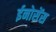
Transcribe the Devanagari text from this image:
ईनोसेंस